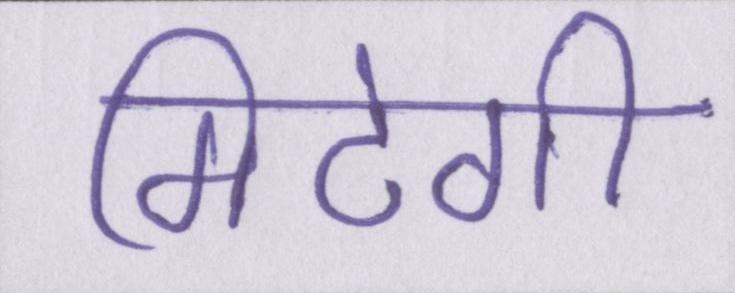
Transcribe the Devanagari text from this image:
मिटेगी